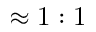
\approx 1 : 1